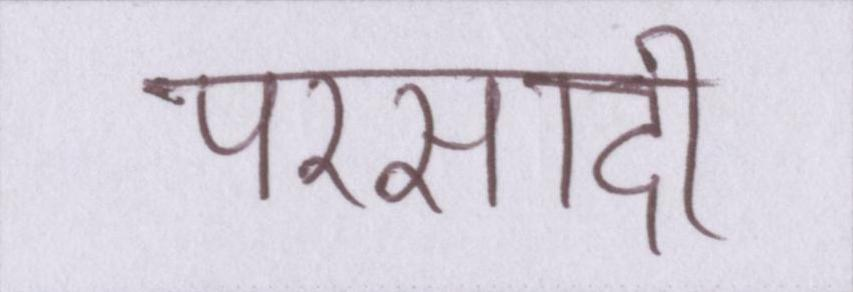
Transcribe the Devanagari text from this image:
परसादी